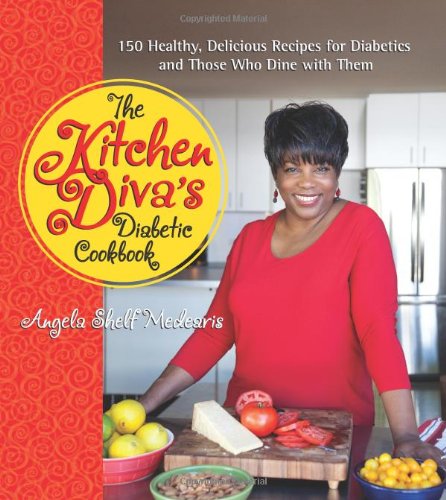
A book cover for The Kitchen Diva's Diabetic Cookbook: 150 Healthy, Delicious Recipes for Diabetics and Those Who Dine with Them; Angela Shelf Medearis; Cookbooks, Food & Wine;